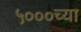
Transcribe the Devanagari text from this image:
५०००च्या